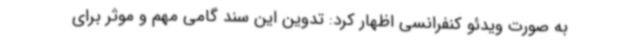
به صورت ویدئو کنفرانسی اظهار کرد: تدوین این سند گامی مهم و موثر برای